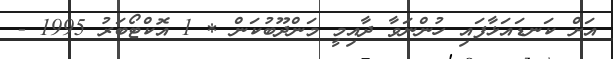
އަށް ކަނޑައަޅާފައި ހުންނަވާ ދާއިމީ މަންދޫބުކަން * 1 އޮކްޓޯބަރު 1995 -